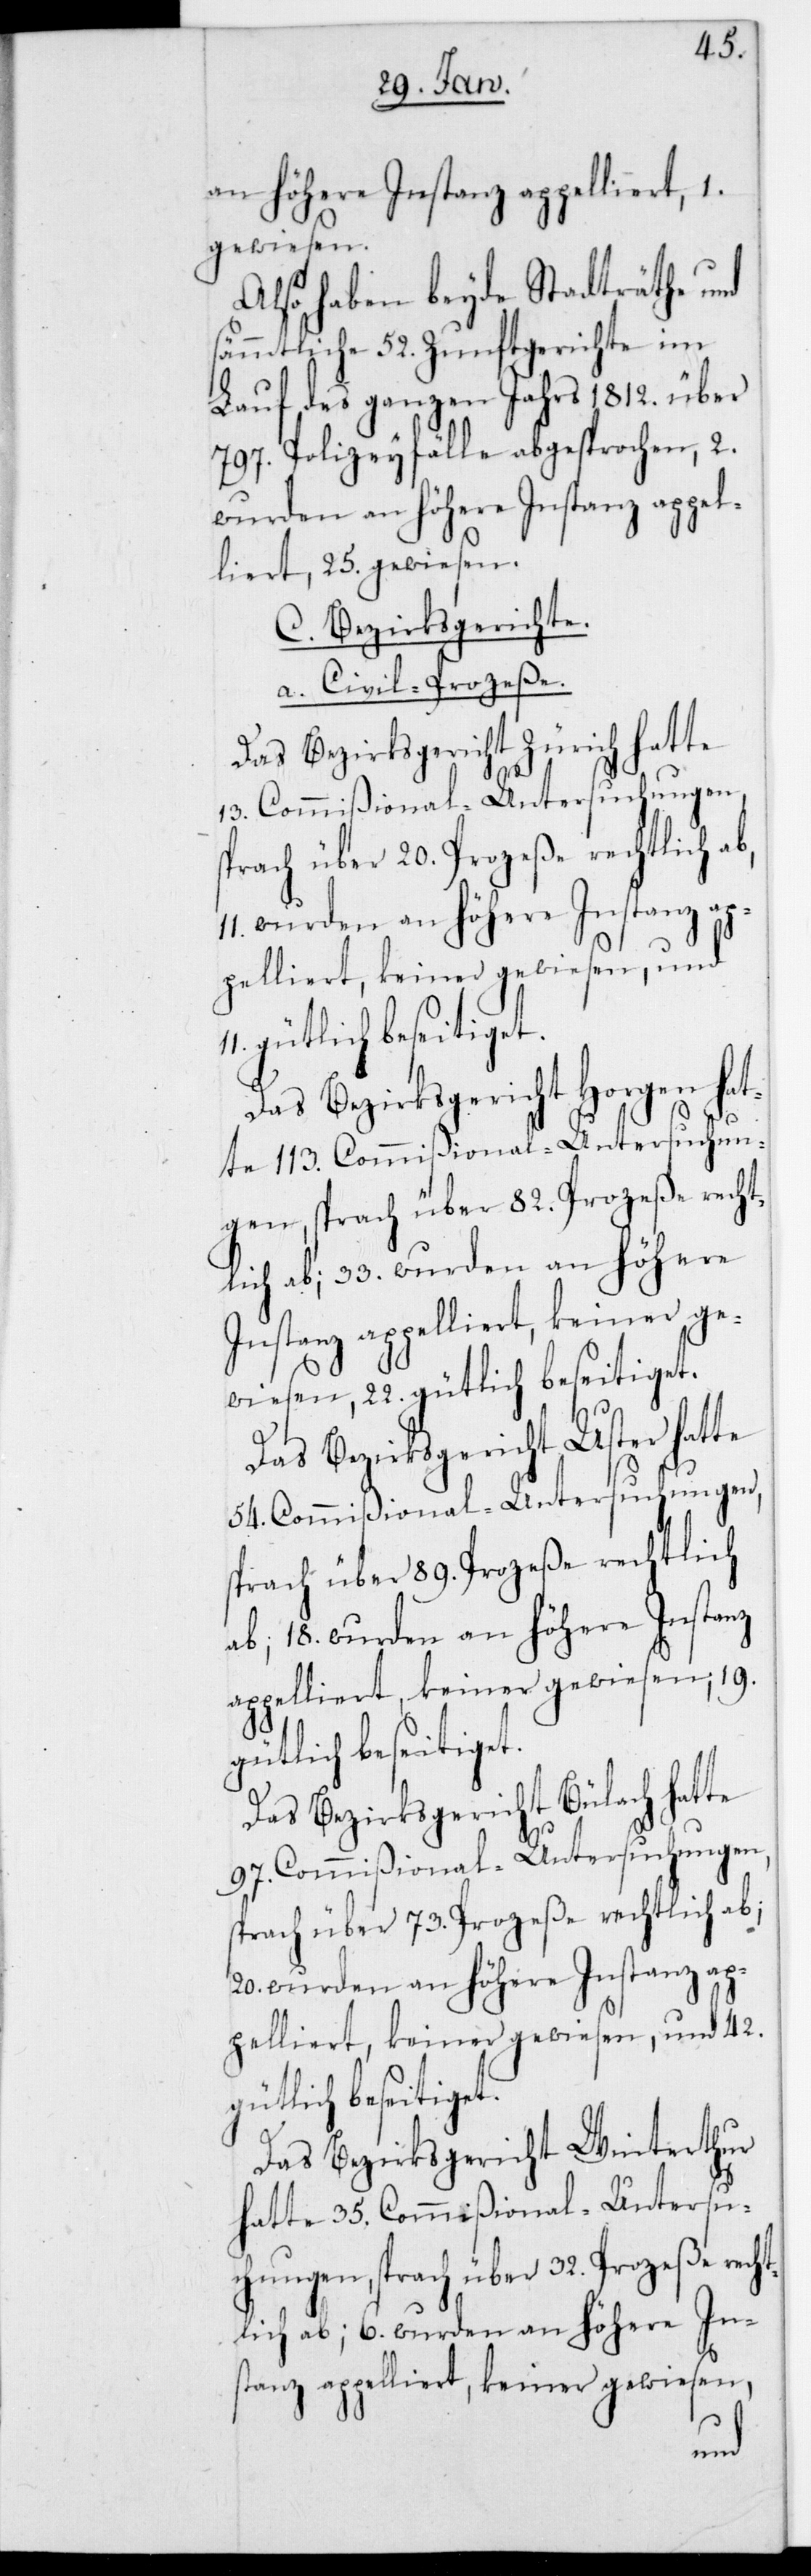
an höhere Instanz appelliert, 1.
gewiesen.
Also haben beyde Stadträthe und
sämmtliche 52. Zunftgerichte im
Lauf des ganzen Jahrs 1812. über
797. Polizeyfälle abgesprochen, 2.
wurden an höhere Instanz appel¬
liert, 25. gewiesen.
C. Bezirksgerichte.
a. Civil-Prozeße.
Das Bezirksgericht Zürich hatte
13. Commißional-Untersuchungen,
Das Bezirksgericht Horgen hat¬
te 113. Commißional-Untersuchun¬
gen, sprach über 82. Prozeße recht¬
lich ab; 33. wurden an höhere
Das Bezirksgericht Uster hat¬
54 Commißional-Untersuchungen,
sprach über 89. Prozeße rechtlich
ab; 18. wurden an höhere Instanz
appelliert, keiner gewiesen, 19.
gütlich beseitiget.
Das Bezirksgericht Bülach hatte
97. Commißional-Untersuchungen,
sprach über 73. Prozeße rechtlich ab;
20. wurden an höhere Instanz ap¬
pelliert, keiner gewiesen und 42.
gütlich beseitiget.
Das Bezirksgericht Winterthur
hatte 35. Commißional-Untersuc¬
hungen, sprach über 32. Prozeße rech¬
tlich ab; 6. wurden an höhere In¬
stanz appelliert, keiner gewiesen,
te